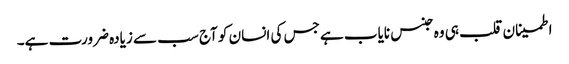
اطمینان قلب ہی وہ جنس نایاب ہے جس کی انسان کو آج سب سے زیادہ ضرورت ہے۔